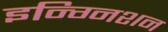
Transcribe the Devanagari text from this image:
इन्ग्निशन